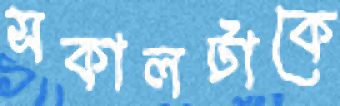
সকালটাকে